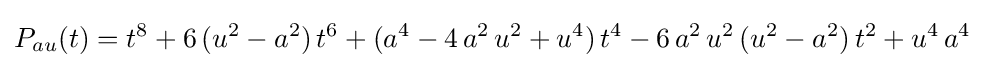
P_{au}(t)=t^{8}+6\,(u^{2}-a^{2})\,t^{6}+(a^{4}-4\,a^{2}\,u^{2}+u^{4})\,t^{4}-6\,a^{2}\,u^{2}\,(u^{2}-a^{2})\,t^{2}+u^{4}\,a^{4}